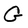
Character: G